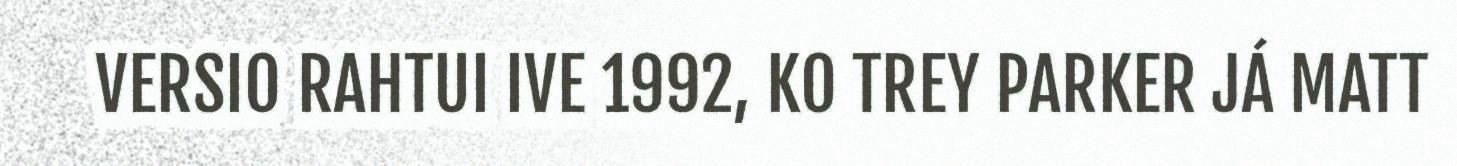
VERSIO RAHTUI IVE 1992, KO TREY PARKER JÁ MATT